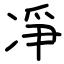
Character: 凈